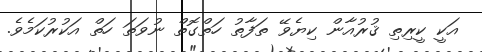
އަކީ ކީރިތި ޤުރުއާން ކިޔެވޭ ތަފާތު ހަތްގޮތް ނުވަތަ ހަތް އަކުރުކަމެވެ.